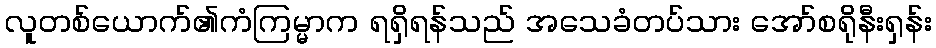
လူတစ်ယောက်၏ကံကြမ္မာက ရရှိရန်သည် အသေခံတပ်သား အော်စရိုနီးရှန်း